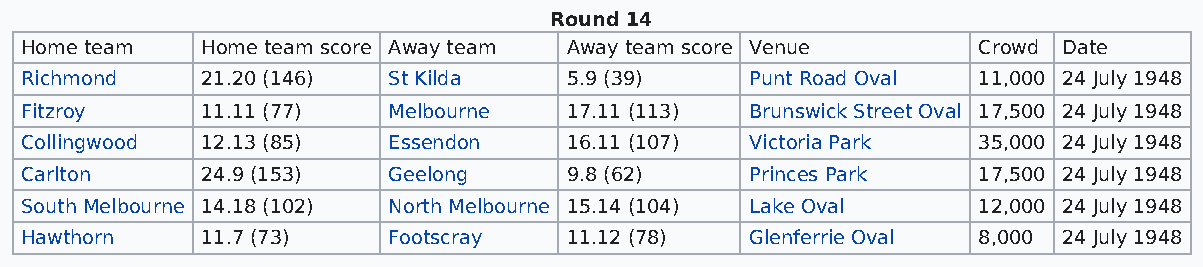
Round 14
 Home team   Home team score Away team Away team score Venue     Crowd Date
 Richmond    21.20 (146)  St Kilda   5.9 (39)     Punt Road Oval 11,000 24 July 1948
 Fitzroy     11.11 (77)   Melbourne  17.11 (113)  Brunswick Street Oval 17,500 24 July 1948
 Collingwood 12.13 (85)   Essendon   16.11 (107)  Victoria Park  35,000 24 July 1948
 Carlton     24.9 (153)   Geelong    9.8 (62)     Princes Park   17,500 24 July 1948
 South Melbourne 14.18 (102) North Melbourne 15.14 (104) Lake Oval 12,000 24 July 1948
 Hawthorn    11.7 (73)    Footscray  11.12 (78)   Glenferrie Oval 8,000 24 July 1948